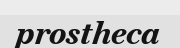
prostheca